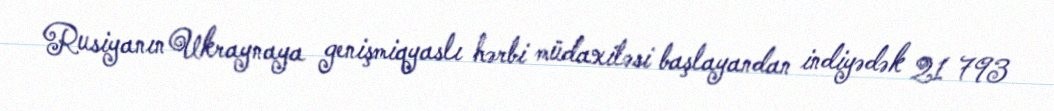
Rusiyanın Ukraynaya genişmiqyaslı hərbi müdaxiləsi başlayandan indiyədək 21 793